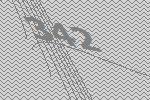
342